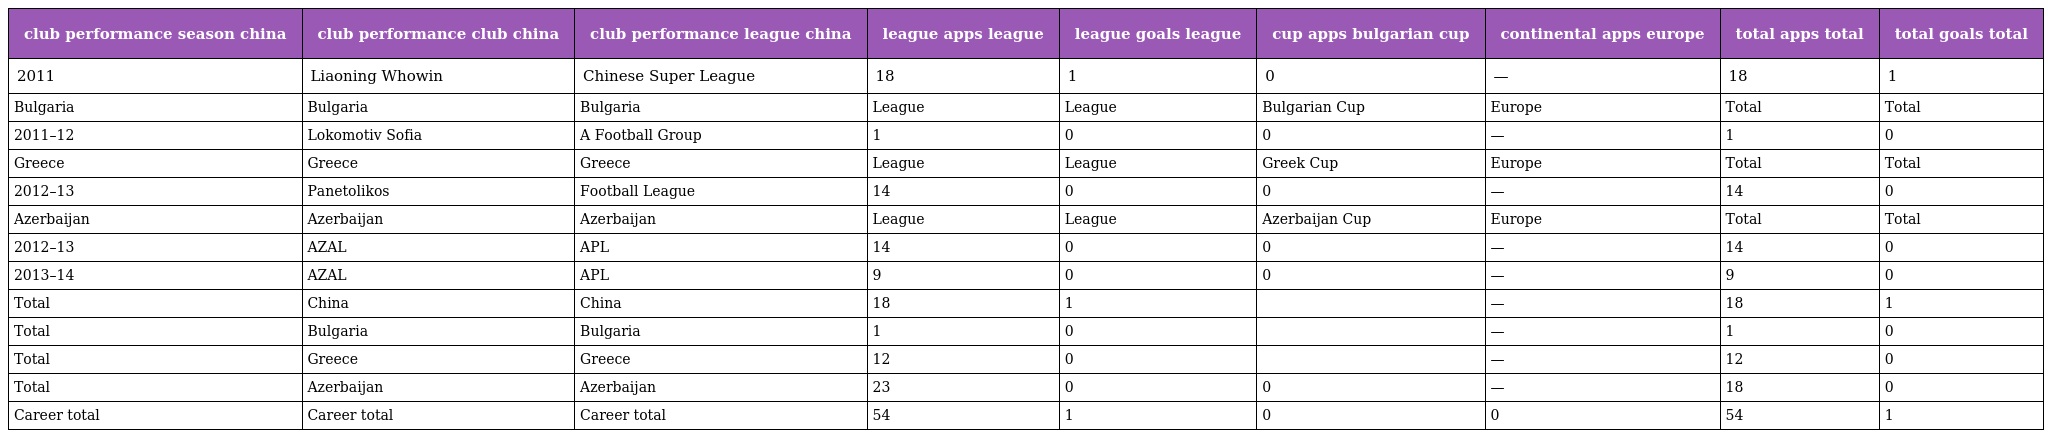
| club performance season china | club performance club china | club performance league china | league apps league | league goals league | cup apps bulgarian cup | continental apps europe | total apps total | total goals total |
 | --- | --- | --- | --- | --- | --- | --- | --- | --- |
 | 2011 | Liaoning Whowin | Chinese Super League | 18 | 1 | 0 | — | 18 | 1 |
 | Bulgaria | Bulgaria | Bulgaria | League | League | Bulgarian Cup | Europe | Total | Total |
 | 2011–12 | Lokomotiv Sofia | A Football Group | 1 | 0 | 0 | — | 1 | 0 |
 | Greece | Greece | Greece | League | League | Greek Cup | Europe | Total | Total |
 | 2012–13 | Panetolikos | Football League | 14 | 0 | 0 | — | 14 | 0 |
 | Azerbaijan | Azerbaijan | Azerbaijan | League | League | Azerbaijan Cup | Europe | Total | Total |
 | 2012–13 | AZAL | APL | 14 | 0 | 0 | — | 14 | 0 |
 | 2013–14 | AZAL | APL | 9 | 0 | 0 | — | 9 | 0 |
 | Total | China | China | 18 | 1 |  | — | 18 | 1 |
 | Total | Bulgaria | Bulgaria | 1 | 0 |  | — | 1 | 0 |
 | Total | Greece | Greece | 12 | 0 |  | — | 12 | 0 |
 | Total | Azerbaijan | Azerbaijan | 23 | 0 | 0 | — | 18 | 0 |
 | Career total | Career total | Career total | 54 | 1 | 0 | 0 | 54 | 1 |